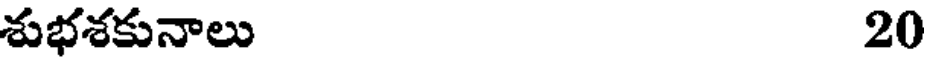
శుభశకునాలు 20